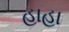
હાહા